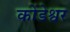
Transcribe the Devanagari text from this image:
कोंडेश्वर